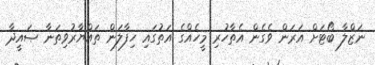
ނަޒްލާ ބޯޓަށް އަރަން ވެގެން އެތާހުރި މީހެއްގެ އަތުގައި ހިފާލަން ތައްޔާރުވިތަނާ ޞައީދާ